Rules regarding the measures to be adopted on the outbreak of cholera or appearance of small-pox
Disease focus: Cholera
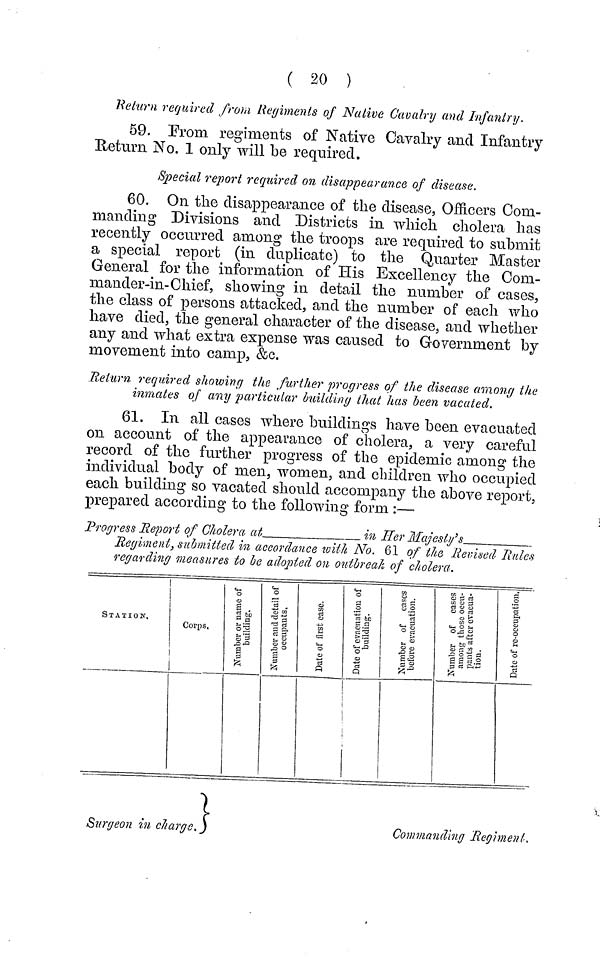
( 20 )
"Return required from Regiments of Native Cavalry and Infantry.
59. From regiments of Native Cavalry and Infantry
Return No. 1 only will be required.
Special report required on disappearance of disease.
60. On the disappearance of the disease, Officers Com-
manding Divisions and Districts in which cholera has
recently occurred among the troops are required to submit
a special report (in duplicate) to the Quarter Master
General for the information of His Excellency the Com-
mander-in-Chief, showing in detail the number of cases,
the class of persons attacked, and the number of each who
have died, the general character of the disease, and whether
any and what extra expense was caused to Government by
movement into camp, &c.
Return required showing the further progress of the disease among the
inmates of any particular building that has been vacated.
61. In all cases where buildings have been evacuated
on account of the appearance of cholera, a very careful
record of the further progress of the epidemic among the
individual body of men, women, and children who occupied
each building so vacated should accompany the above report,
prepared according to the following form :—
Progress Report of Cholera at
in Her Majesty's
Regiment, submitted in accordance with No. 61 of the Revised Rules
regarding measures to be adopted on outbreak of cholera.
STATION.
Corps,
Number or name of the building
number and detail of
occupants Date of first case
Date of evacution of building.
Number of cases before
Number of cases among those accu
Date of re-accupa
Surgeon in charge.
Commanding Regiment.